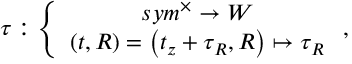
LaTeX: \tau : \left\{ \begin{array} { c } { { s y m ^ { \times } \rightarrow W } } \\ { { \left( t , R \right) = \left( t _ { z } + \tau _ { R } , R \right) \mapsto \tau _ { R } } } \end{array} \right. ,